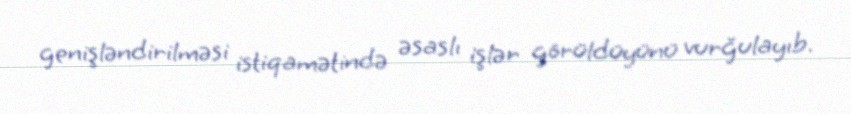
genişləndirilməsi istiqamətində əsaslı işlər görüldüyünü vurğulayıb.